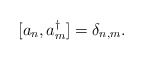
\begin{align*}[a_{n},a_{m}^{\dagger}]=\delta_{n,m}.\end{align*}